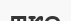
тке